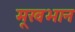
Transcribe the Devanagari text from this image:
मूखभान